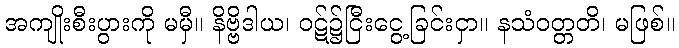
အကျိုးစီးပွားကို မမှီ။ နိဗ္ဗိဒါယ၊ ဝဋ်၌ငြီးငွေ့ခြင်းငှာ။ နသံဝတ္တတိ၊ မဖြစ်။